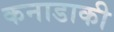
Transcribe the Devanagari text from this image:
कनाडाकी